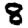
Digit: 8